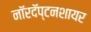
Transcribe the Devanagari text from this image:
नॉरदॅप्टनशायर